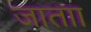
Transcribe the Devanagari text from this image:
जाताा